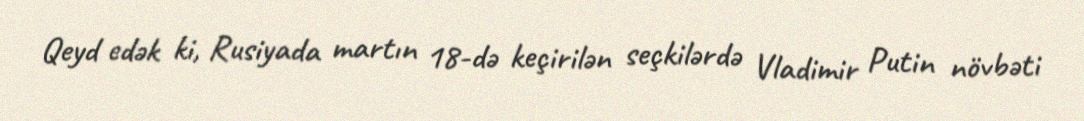
Qeyd edək ki, Rusiyada martın 18-də keçirilən seçkilərdə Vladimir Putin növbəti